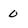
Character: 0